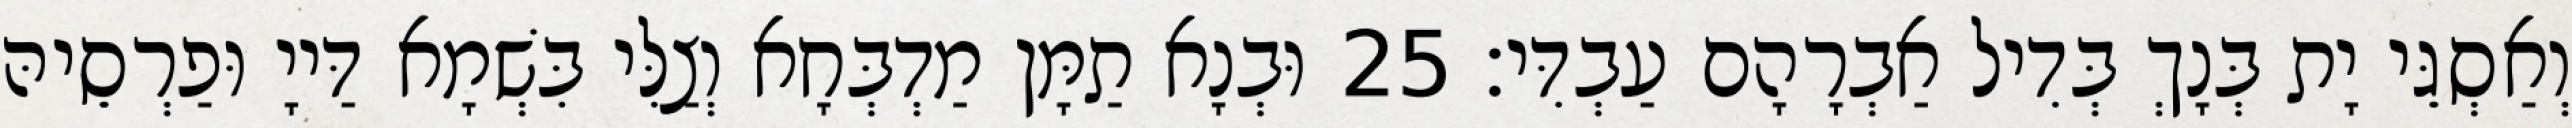
וְאַסְגֵּי יָת בְּנָךְ בְּדִיל אַבְרָהָם עַבְדִּי׃ 25 וּבְנָא תַמָּן מַדְבְּחָא וְצַלִּי בִּשְׁמָא דַּייָ וּפַרְסֵיהּ